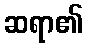
ဆရာ၏